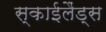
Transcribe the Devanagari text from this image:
स्‍काईलैंड्स